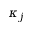
\kappa _ { j }